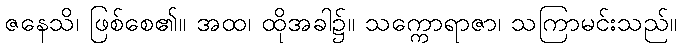
ဇနေသိ၊ ဖြစ်စေ၏။ အထ၊ ထိုအခါ၌။ သက္ကောရာဇာ၊ သကြာမင်းသည်။